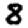
Digit: 8